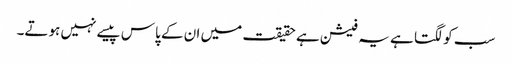
سب کو لگتا ہے یہ فیشن ہے حقیقت میں ان کے پاس پیسے نہیں ہوتے۔